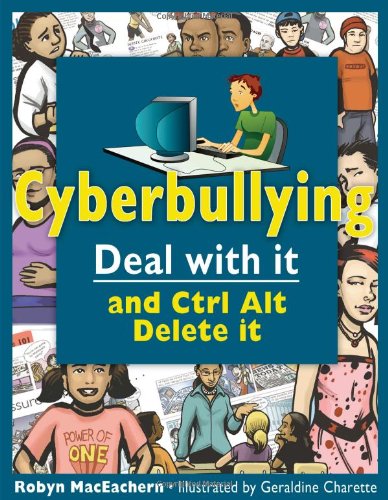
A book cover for PB: Deal with it and Ctrl Alt Delete it (Lorimer Deal With It); Robyn MacEachern; Children's Books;